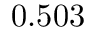
0 . 5 0 3